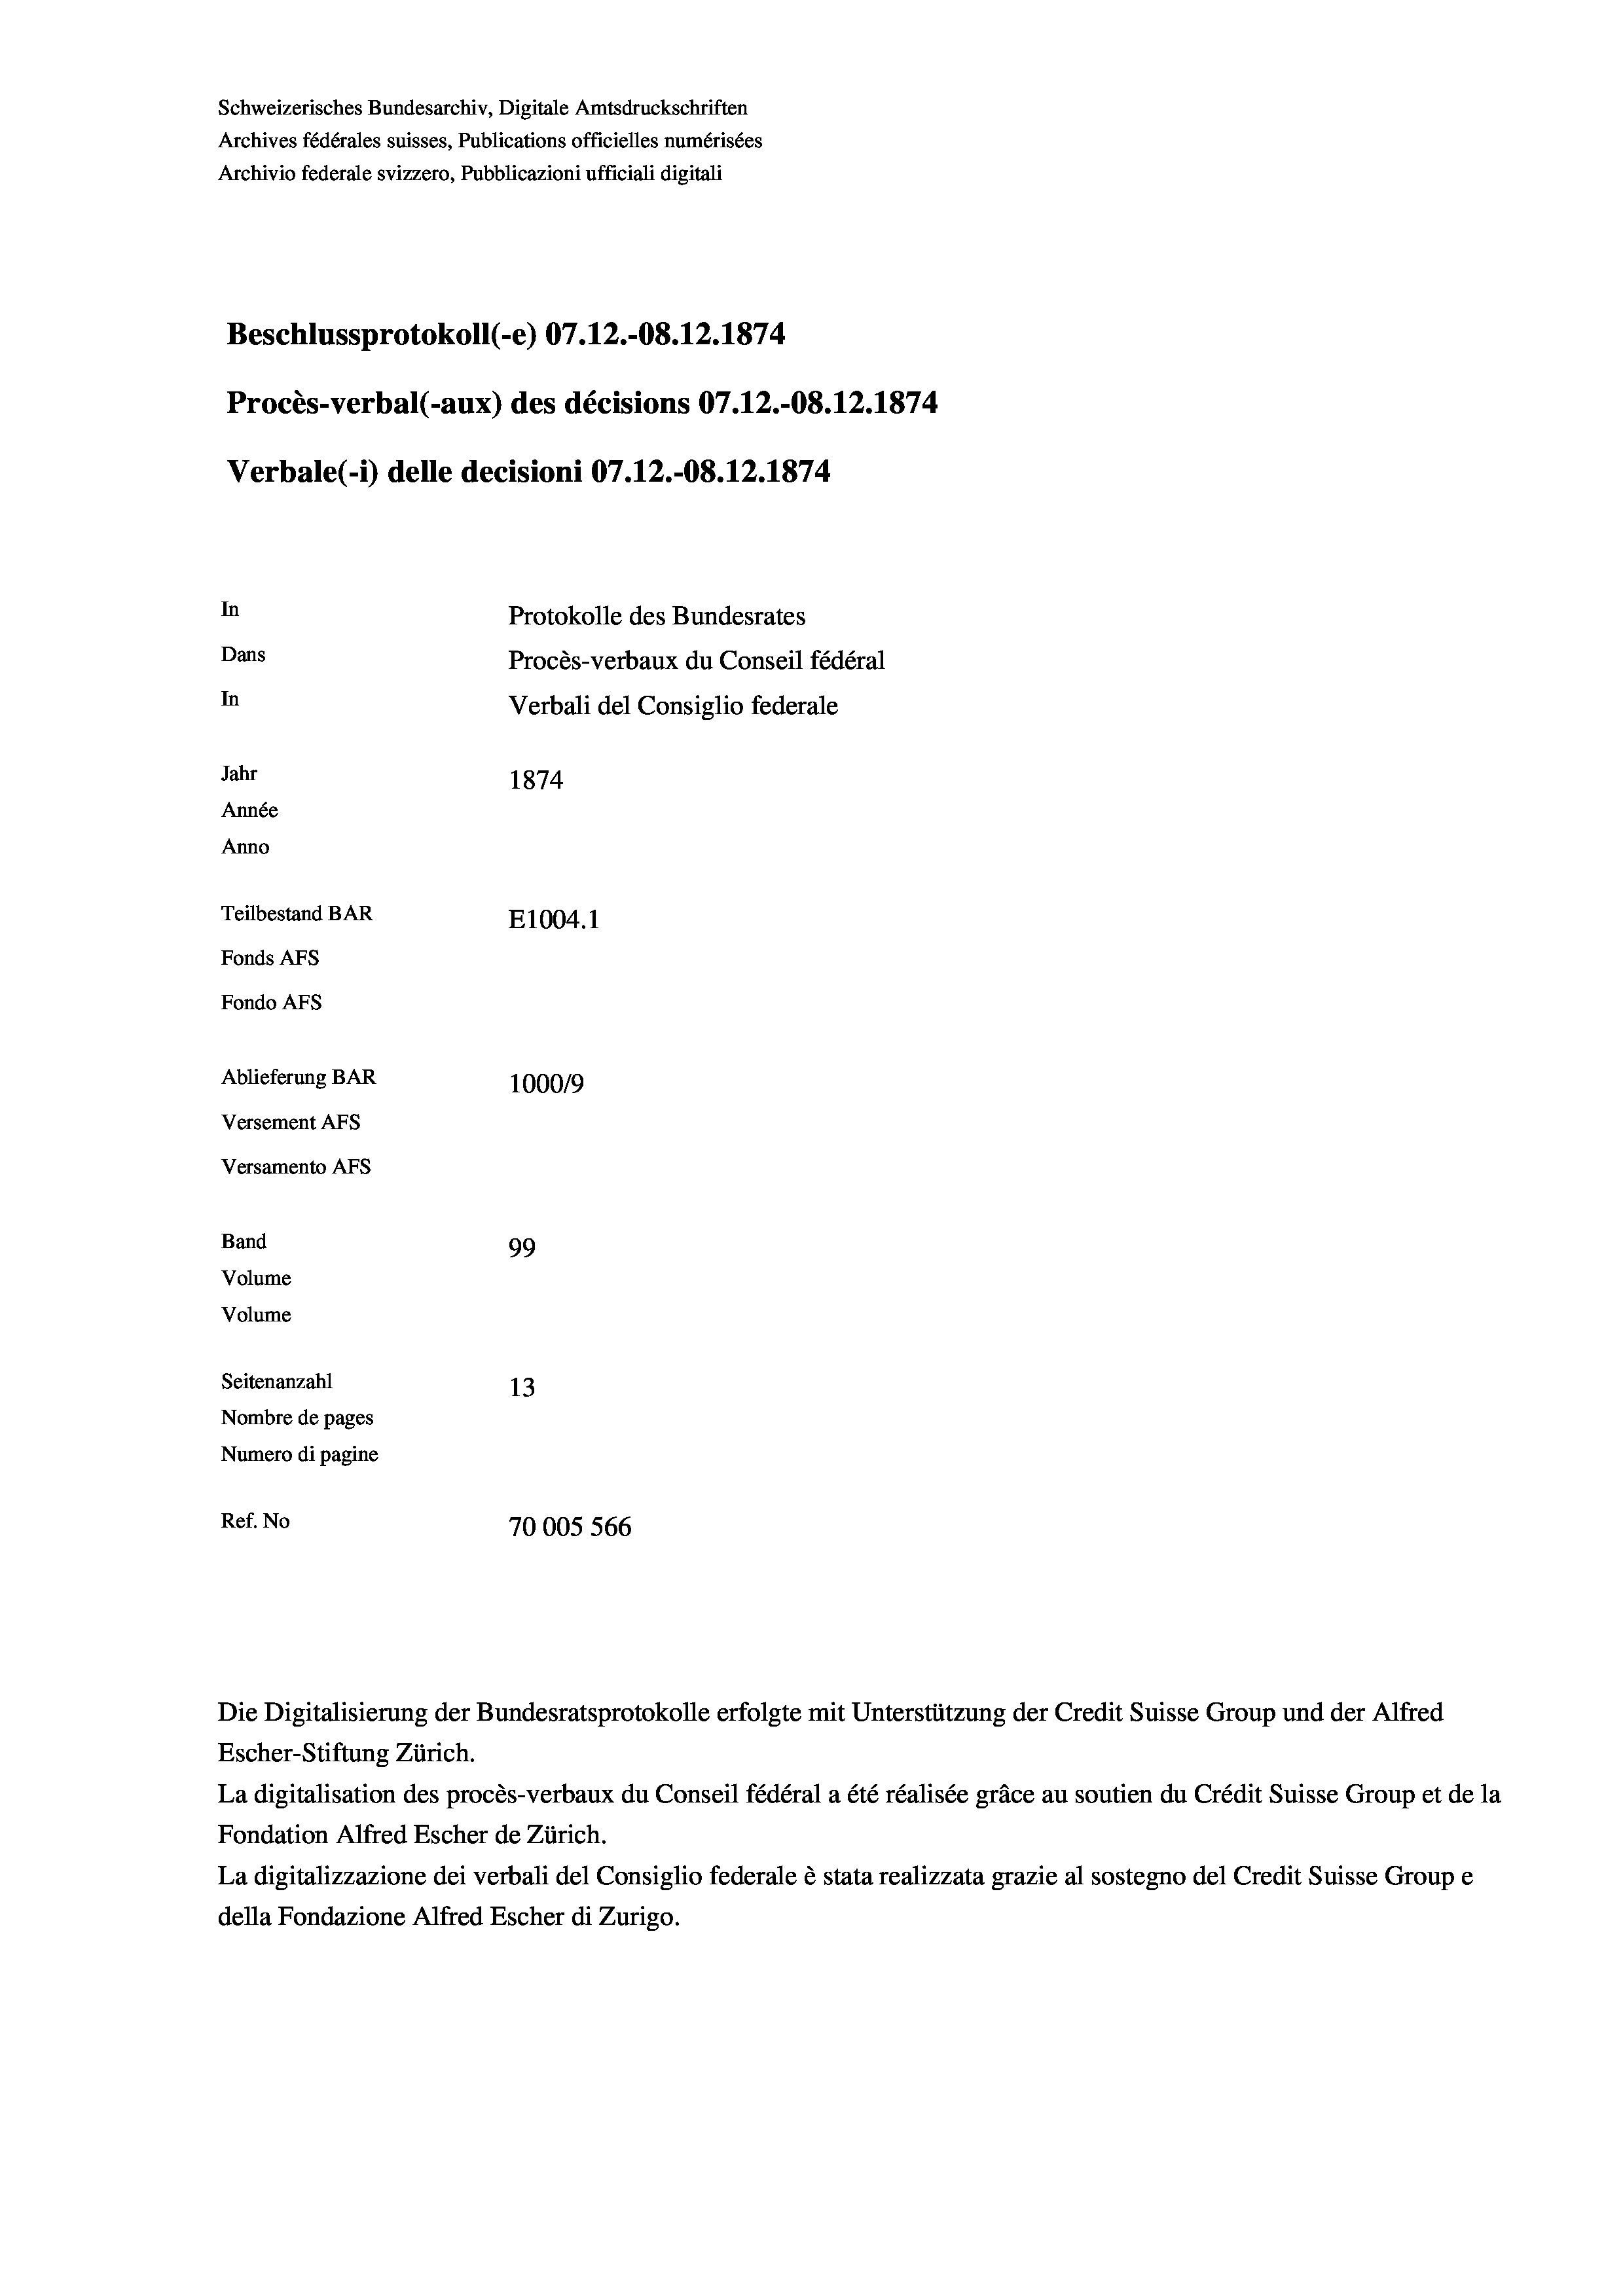
Schweizerisches Bundesarchiv, Digitale Amtsdruckschriften
Archives fédérales suisses, Publications officielles numérisées
Archivio federale svizzero, Pubblicazioni ufficiali digitali
Beschlussprotokoll (e) 07.12.-08. 12. 1874
Procès-verbal (-aux) des décisions 07.12.-08. 12. 1874
Verbale (- 1) delle decisioni 07.12.-08.12.1874
In
Protokolle des Bundesrates
Dans
Procès-verbaux du Conseil fédéral
In
Verbali del Consiglio federale
Jahr
1874
Année
Anno
Teilbestand BAR
E1004. 1
Fonds AFs
Fondo Afs
Ablieferung BAR
100019
Versement Ans
Versamento Afs
Band
99
Volume
Volume
Seitenanzahl
13
Nombre de pages
Numero di pagine
Ref. No
70005 566

Die Digitalisierung der Bundesratsprotokolle erfolgte mit Unterstützung der Credit Suisse Group und der Alfred
Escher-Stiftung Zürich.
La digitalisation des procès-verbaux du Conseil fédéral a été réalisée gräce au soutien du Crédit Suisse Group et de la
Fondation Alfred Escher de Zürich.
La digitalizzazione dei verbali del Consiglio federale è stata realizzata grazie al sostegno del Credit Suisse Groupe
della Fondazione Alfred Escher di Zurigo.